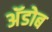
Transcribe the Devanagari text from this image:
अॅडोब